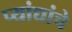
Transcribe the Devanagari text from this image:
प्यांद्यांचे